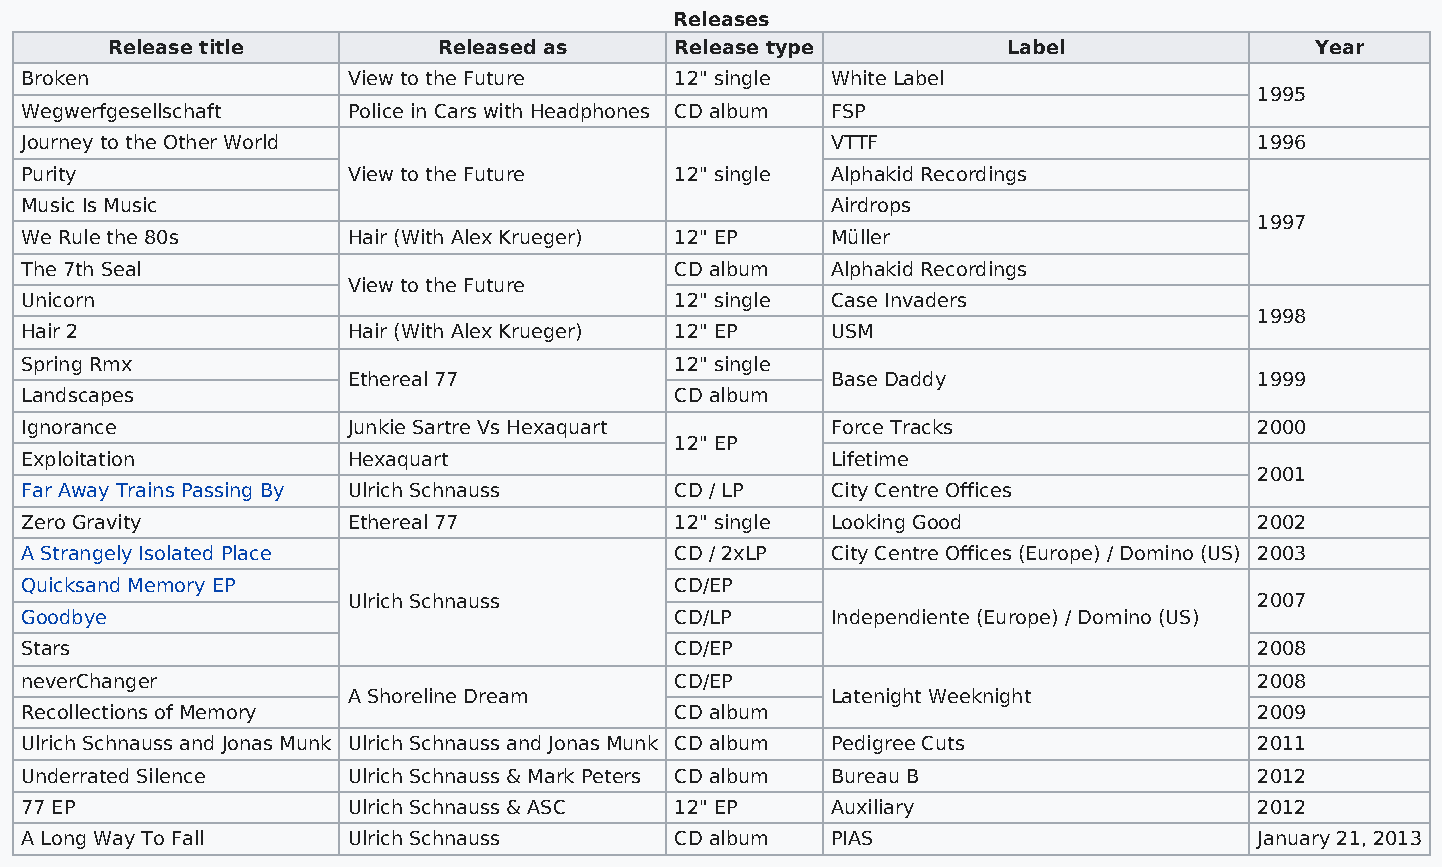
Releases
 Release title         Released as     Release type          Label               Year
 Broken                View to the Future    12" single White Label
 1995
 Wegwerfgesellschaft   Police in Cars with Headphones CD album FSP
 Journey to the Other World                            VTTF                        1996
 Purity                View to the Future    12" single Alphakid Recordings
 Music Is Music                                        Airdrops
 1997
 We Rule the 80s       Hair (With Alex Krueger) 12" EP Müller
 The 7th Seal                                CD album  Alphakid Recordings
 View to the Future
 Unicorn                                     12" single Case Invaders
 1998
 Hair 2                Hair (With Alex Krueger) 12" EP USM
 Spring Rmx                                  12" single
 Ethereal 77                     Base Daddy                  1999
 Landscapes                                  CD album
 Ignorance             Junkie Sartre Vs Hexaquart      Force Tracks                2000
 12" EP
 Exploitation          Hexaquart                       Lifetime
 2001
 Far Away Trains Passing By Ulrich Schnauss  CD / LP   City Centre Offices
 Zero Gravity          Ethereal 77           12" single Looking Good               2002
 A Strangely Isolated Place                  CD / 2xLP City Centre Offices (Europe) / Domino (US) 2003
 Quicksand Memory EP                         CD/EP
 Ulrich Schnauss                                             2007
 Goodbye                                     CD/LP     Independiente (Europe) / Domino (US)
 Stars                                       CD/EP                                 2008
 neverChanger                                CD/EP                                 2008
 A Shoreline Dream               Latenight Weeknight
 Recollections of Memory                     CD album                              2009
 Ulrich Schnauss and Jonas Munk Ulrich Schnauss and Jonas Munk CD album Pedigree Cuts 2011
 Underrated Silence    Ulrich Schnauss & Mark Peters CD album Bureau B             2012
 77 EP                 Ulrich Schnauss & ASC 12" EP    Auxiliary                   2012
 A Long Way To Fall    Ulrich Schnauss       CD album  PIAS                        January 21, 2013